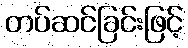
တပ်ဆင်ခြင်းဖြင့်